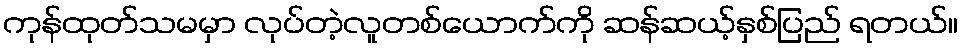
ကုန်ထုတ်သမမှာ လုပ်တဲ့လူတစ်ယောက်ကို ဆန်ဆယ့်နှစ်ပြည် ရတယ်။